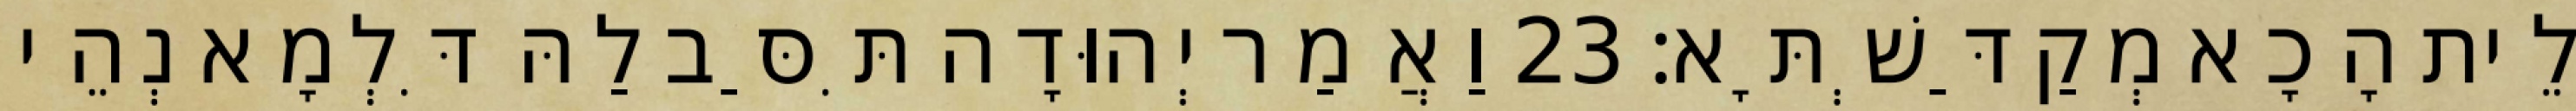
לֵית הָכָא מְקַדַּשְׁתָּא׃ 23 וַאֲמַר יְהוּדָה תִּסַּב לַהּ דִּלְמָא נְהֵי